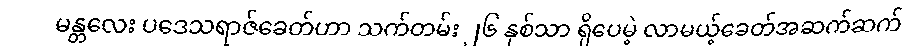
မန္တလေး ပဒေသရာဇ်ခေတ်ဟာ သက်တမ်း ၂၆ နှစ်သာ ရှိပေမဲ့ လာမယ့်ခေတ်အဆက်ဆက်